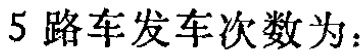
$5$路车发车次数为：